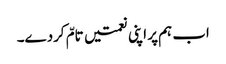
اب ہم پر اپنی نعمتیں تامّ کردے۔